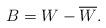
LaTeX: \begin{align*}B=W-\overline W.\end{align*}